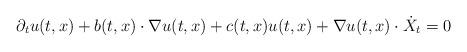
LaTeX: \begin{align*} \partial_t u(t,x) + b(t,x) \cdot \nabla u(t,x) +c(t,x) u(t,x) + \nabla u(t,x) \cdot \dot{X}_t = 0 \end{align*}